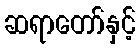
ဆရာတော်နှင့်